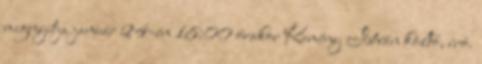
megnyitja január 24-én 18:00 órakor Kemény István költő, író.